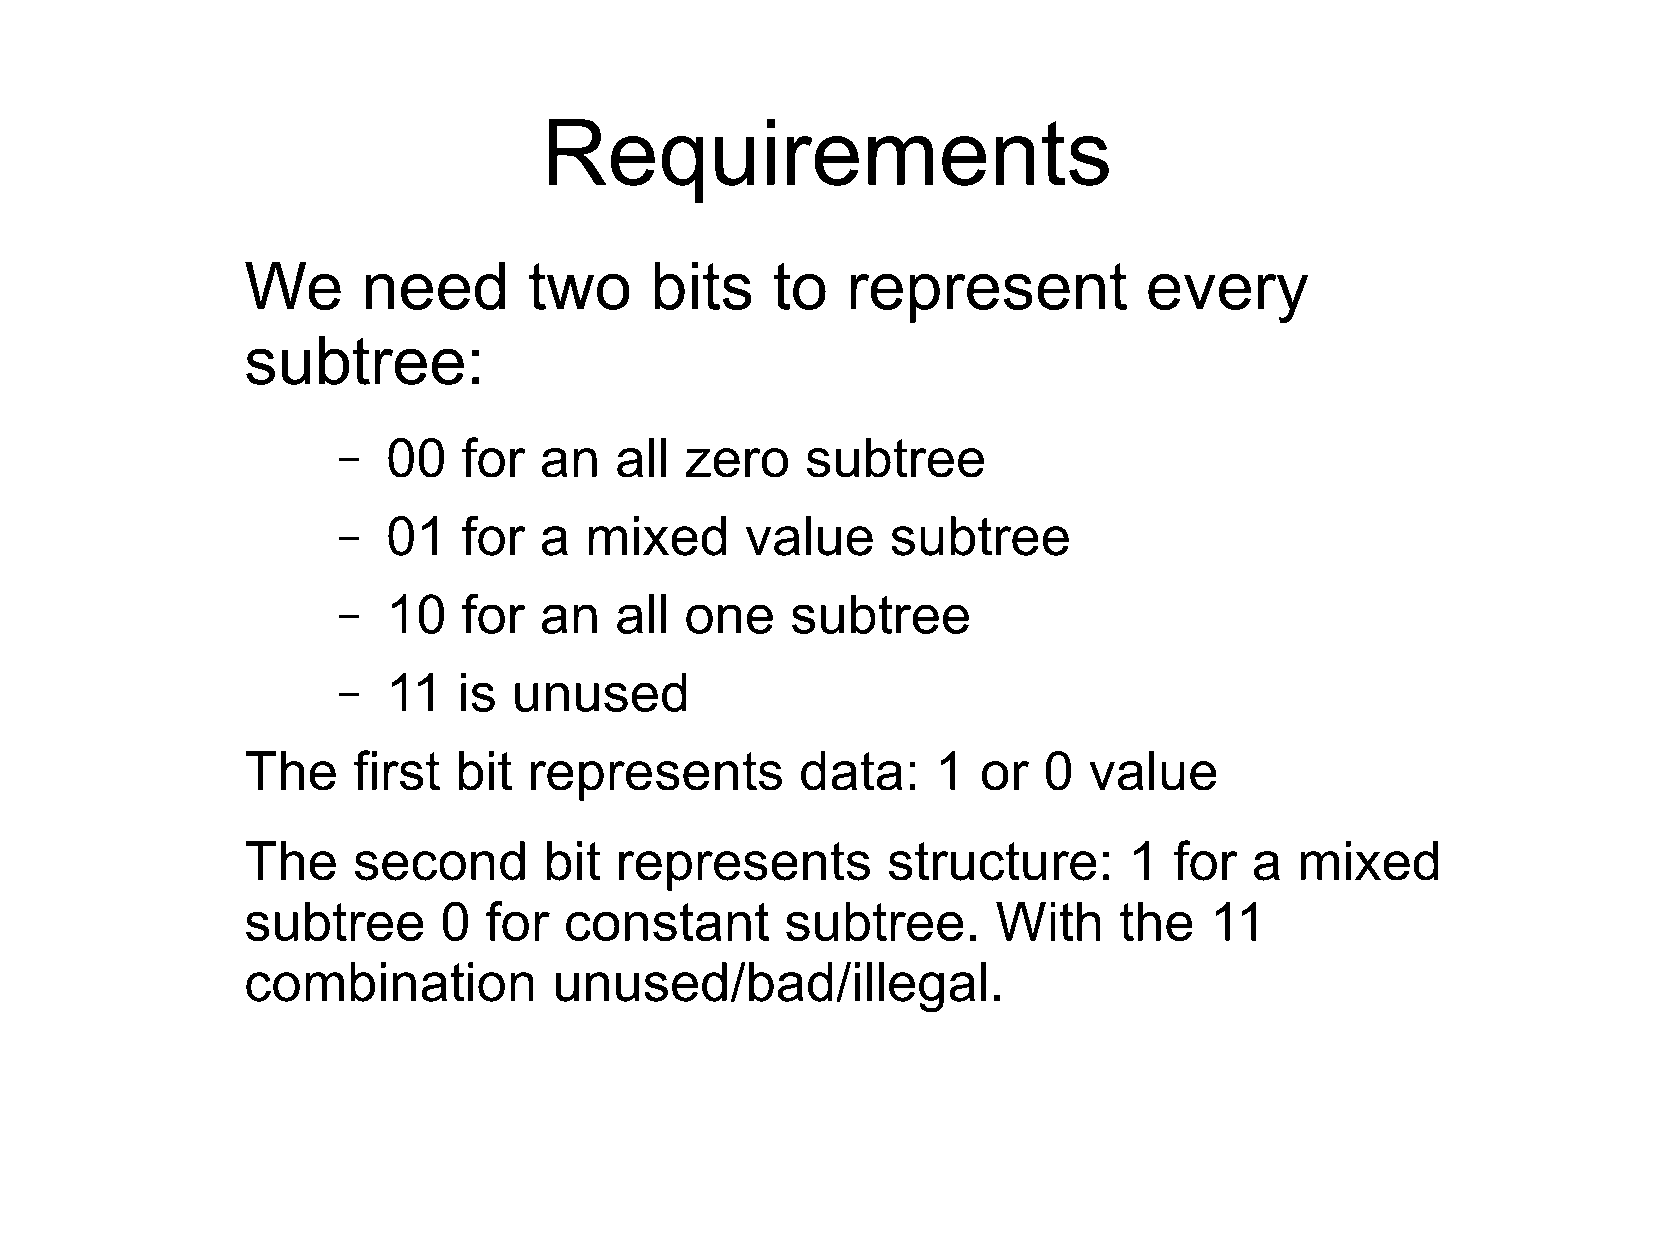
Requirements
 We      need       two     bits    to   represent           every
 subtree:
 –   00   for  an   all zero    subtree
 –   01   for  a  mixed     value     subtree
 –   10   for  an   all one    subtree
 –   11  is  unused
 The    first  bit  represents        data:    1  or  0  value
 The    second       bit  represents        structure:      1  for  a  mixed
 subtree      0  for  constant       subtree.      With    the   11
 combination          unused/bad/illegal.